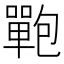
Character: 𰈻